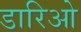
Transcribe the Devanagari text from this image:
डारिओ